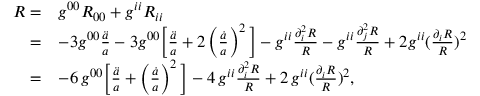
\begin{array} { r l } { R = } & { g ^ { 0 0 } R _ { 0 0 } + g ^ { i i } R _ { i i } } \\ { = } & { - 3 g ^ { 0 0 } \frac { \ddot { a } } { a } - 3 g ^ { 0 0 } \bigg [ \frac { \ddot { a } } { a } + 2 \left( \frac { \dot { a } } { a } \right) ^ { 2 } \bigg ] - g ^ { i i } \frac { \partial _ { i } ^ { 2 } R } { R } - g ^ { i i } \frac { \partial _ { j } ^ { 2 } R } { R } + 2 g ^ { i i } ( \frac { \partial _ { i } R } { R } ) ^ { 2 } } \\ { = } & { - 6 \, g ^ { 0 0 } \bigg [ \frac { \ddot { a } } { a } + \left( \frac { \dot { a } } { a } \right) ^ { 2 } \bigg ] - 4 \, g ^ { i i } \frac { \partial _ { i } ^ { 2 } R } { R } + 2 \, g ^ { i i } ( \frac { \partial _ { i } R } { R } ) ^ { 2 } , } \end{array}